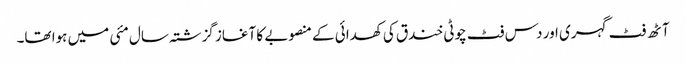
آٹھ فٹ گہری اور دس فٹ چوٹی خندق کی کھدائی کے منصوبے کا آغاز گزشتہ سال مئی میں ہوا تھا۔